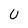
Character: 0